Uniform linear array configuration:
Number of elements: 12
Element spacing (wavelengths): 0.5
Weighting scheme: hamming
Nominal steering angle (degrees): -30
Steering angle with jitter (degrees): -30.964
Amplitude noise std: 0.05
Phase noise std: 0.05

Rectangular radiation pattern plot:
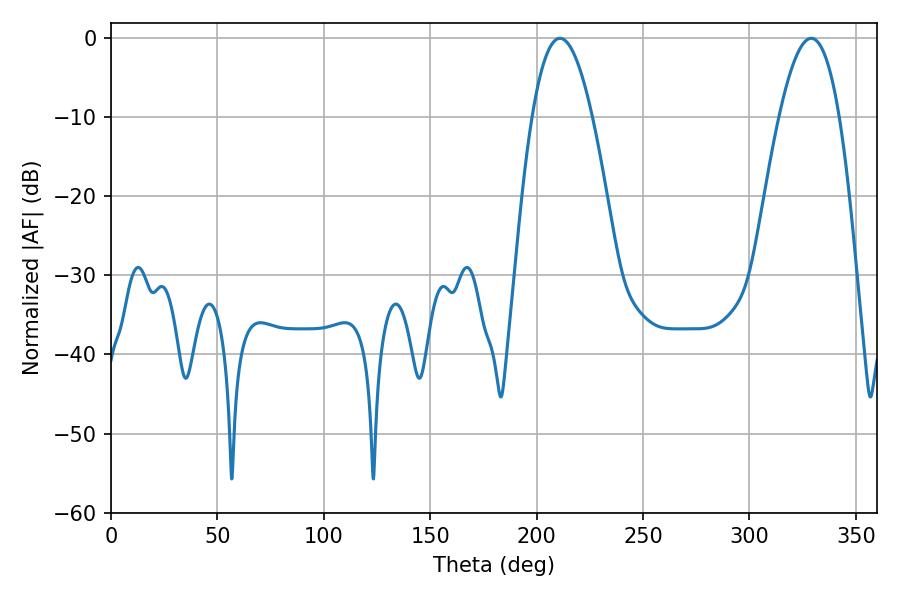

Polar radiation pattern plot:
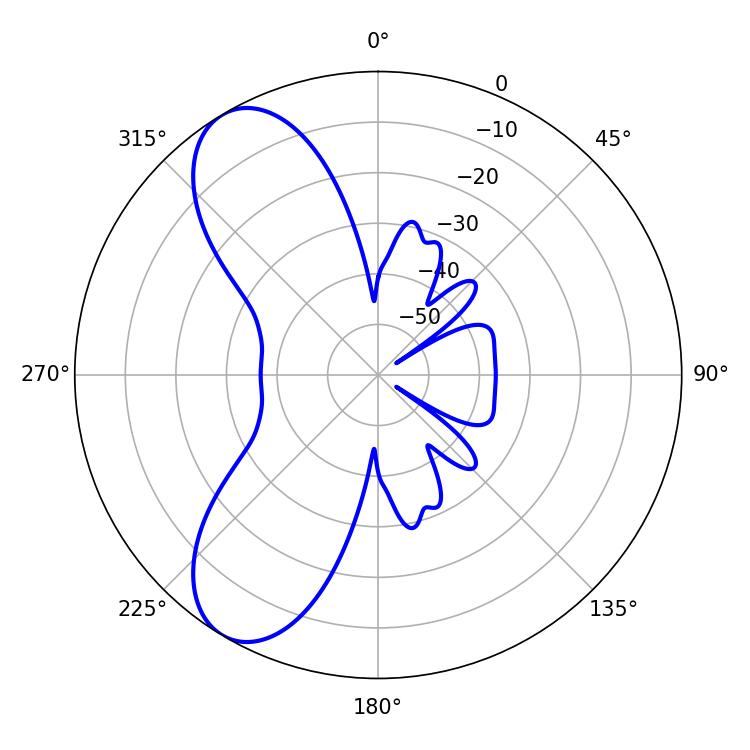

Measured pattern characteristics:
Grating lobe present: FALSE
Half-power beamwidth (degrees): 15.48
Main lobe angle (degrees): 210.96